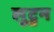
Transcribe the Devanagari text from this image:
लुटुन